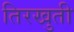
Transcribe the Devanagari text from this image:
तिरखुती